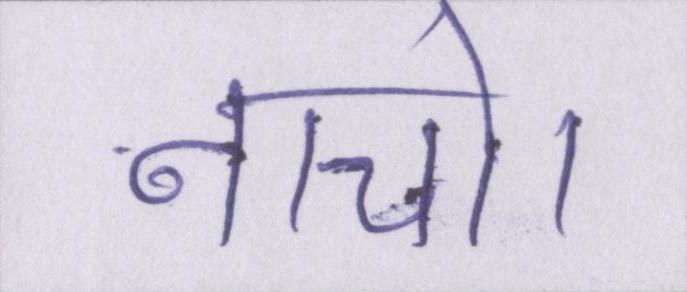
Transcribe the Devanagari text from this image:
नाचो।